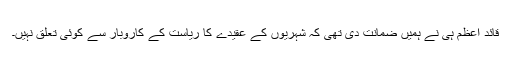
قائد اعظم ہی نے ہمیں ضمانت دی تھی کہ شہریوں کے عقیدے کا ریاست کے کاروبار سے کوئی تعلق نہیں۔